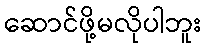
ဆောင်ဖို့မလိုပါဘူး